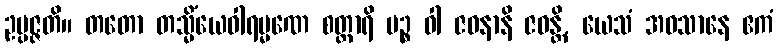
ဥပ္ပဇ္ဇတိ။ တတော တသ္မိံယေဝါရမ္မဏေ စတ္တာရိ ပဉ္စ ဝါ ဇဝနာနိ ဇဝန္တိ, ယေသံ အဝသာနေ ဧကံ